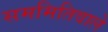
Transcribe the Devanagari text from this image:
सममितिवाले